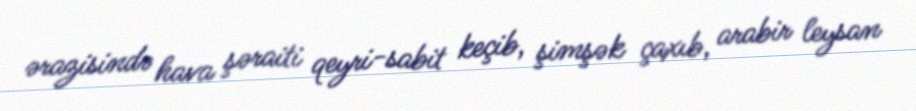
ərazisində hava şəraiti qeyri-sabit keçib, şimşək çaxıb, arabir leysan